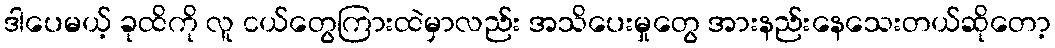
ဒါပေမယ့် ခုထိကို လူ ငယ်တွေကြားထဲမှာလည်း အသိပေးမှုတွေ အားနည်းနေသေးတယ်ဆိုတော့